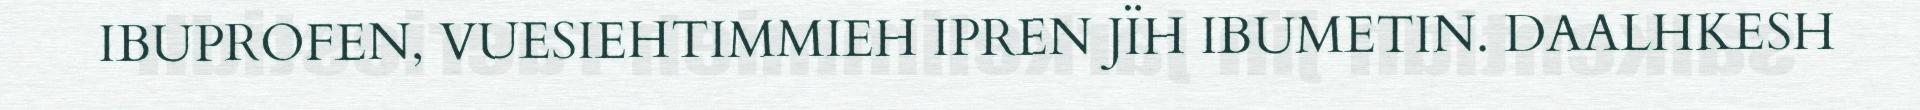
IBUPROFEN, VUESIEHTIMMIEH IPREN JÏH IBUMETIN. DAALHKESH